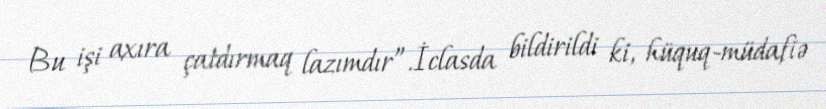
Bu işi axıra çatdırmaq lazımdır”.İclasda bildirildi ki, hüquq-müdafiə